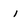
Character: 1